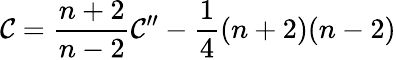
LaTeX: \mathcal{C}=\frac{{n+2}}{{n-2}}\mathcal{C}^{\prime\prime}-\frac{{1}}{{4}}(n+2)(n-2)